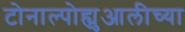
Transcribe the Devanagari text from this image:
टोनाल्पोह्युआलीच्या